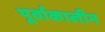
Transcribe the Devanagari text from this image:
पूर्वाकालीन